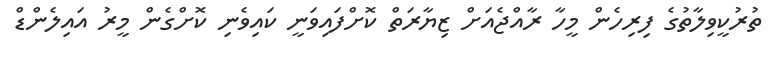
ތުރުކީވިލާތުގެ ފިރިހެން މީހާ ރާއްޖެއަށް ޒިޔާރަތް ކޮށްފައިވަނީ ކައިވެނި ކޮށްގެން މީރު އައިލެންޑް